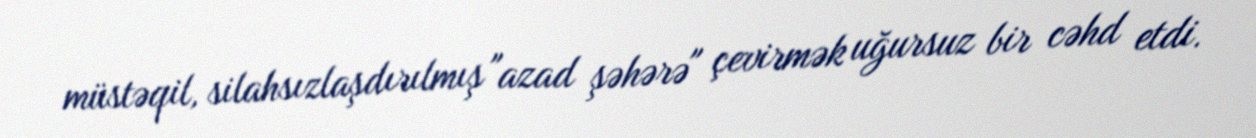
müstəqil, silahsızlaşdırılmış "azad şəhərə" çevirmək uğursuz bir cəhd etdi.